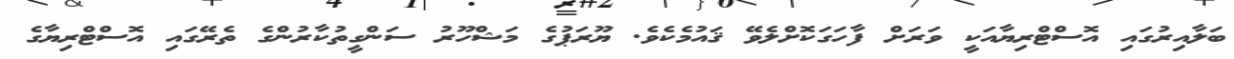
ބަލާއިރުގައި އޮސްޓްރިޔާއަކީ ވަރަށް ފާހަގަކޮށްލެވޭ ޤައުމެކެވެ. ޔޫރަޕުގެ މަޝްހޫރު ސަންގީތުކާރުންގެ ތެރޭގައި އޮސްޓްރިޔާގެ